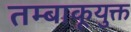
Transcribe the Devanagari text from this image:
तम्बाकूयुक्त